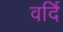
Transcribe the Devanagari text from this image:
वर्दि